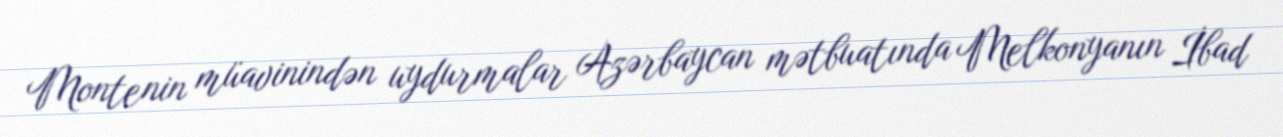
Montenin müavinindən uydurmalar Azərbaycan mətbuatında Melkonyanın İbad